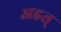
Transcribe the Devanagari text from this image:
अहत्